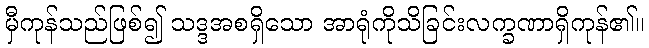
မှီကုန်သည်ဖြစ်၍ သဒ္ဒအစရှိသော အာရုံကိုသိခြင်းလက္ခဏာရှိကုန်၏။